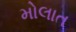
મોલાત